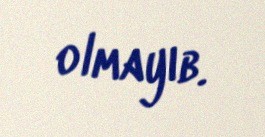
olmayıb.